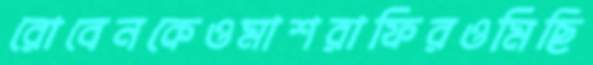
রোবেনকেওমাশরাফিরওমিছি